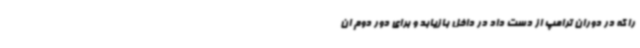
را که در دوران ترامپ از دست داد در داخل بازیابد و برای دور دوم ان